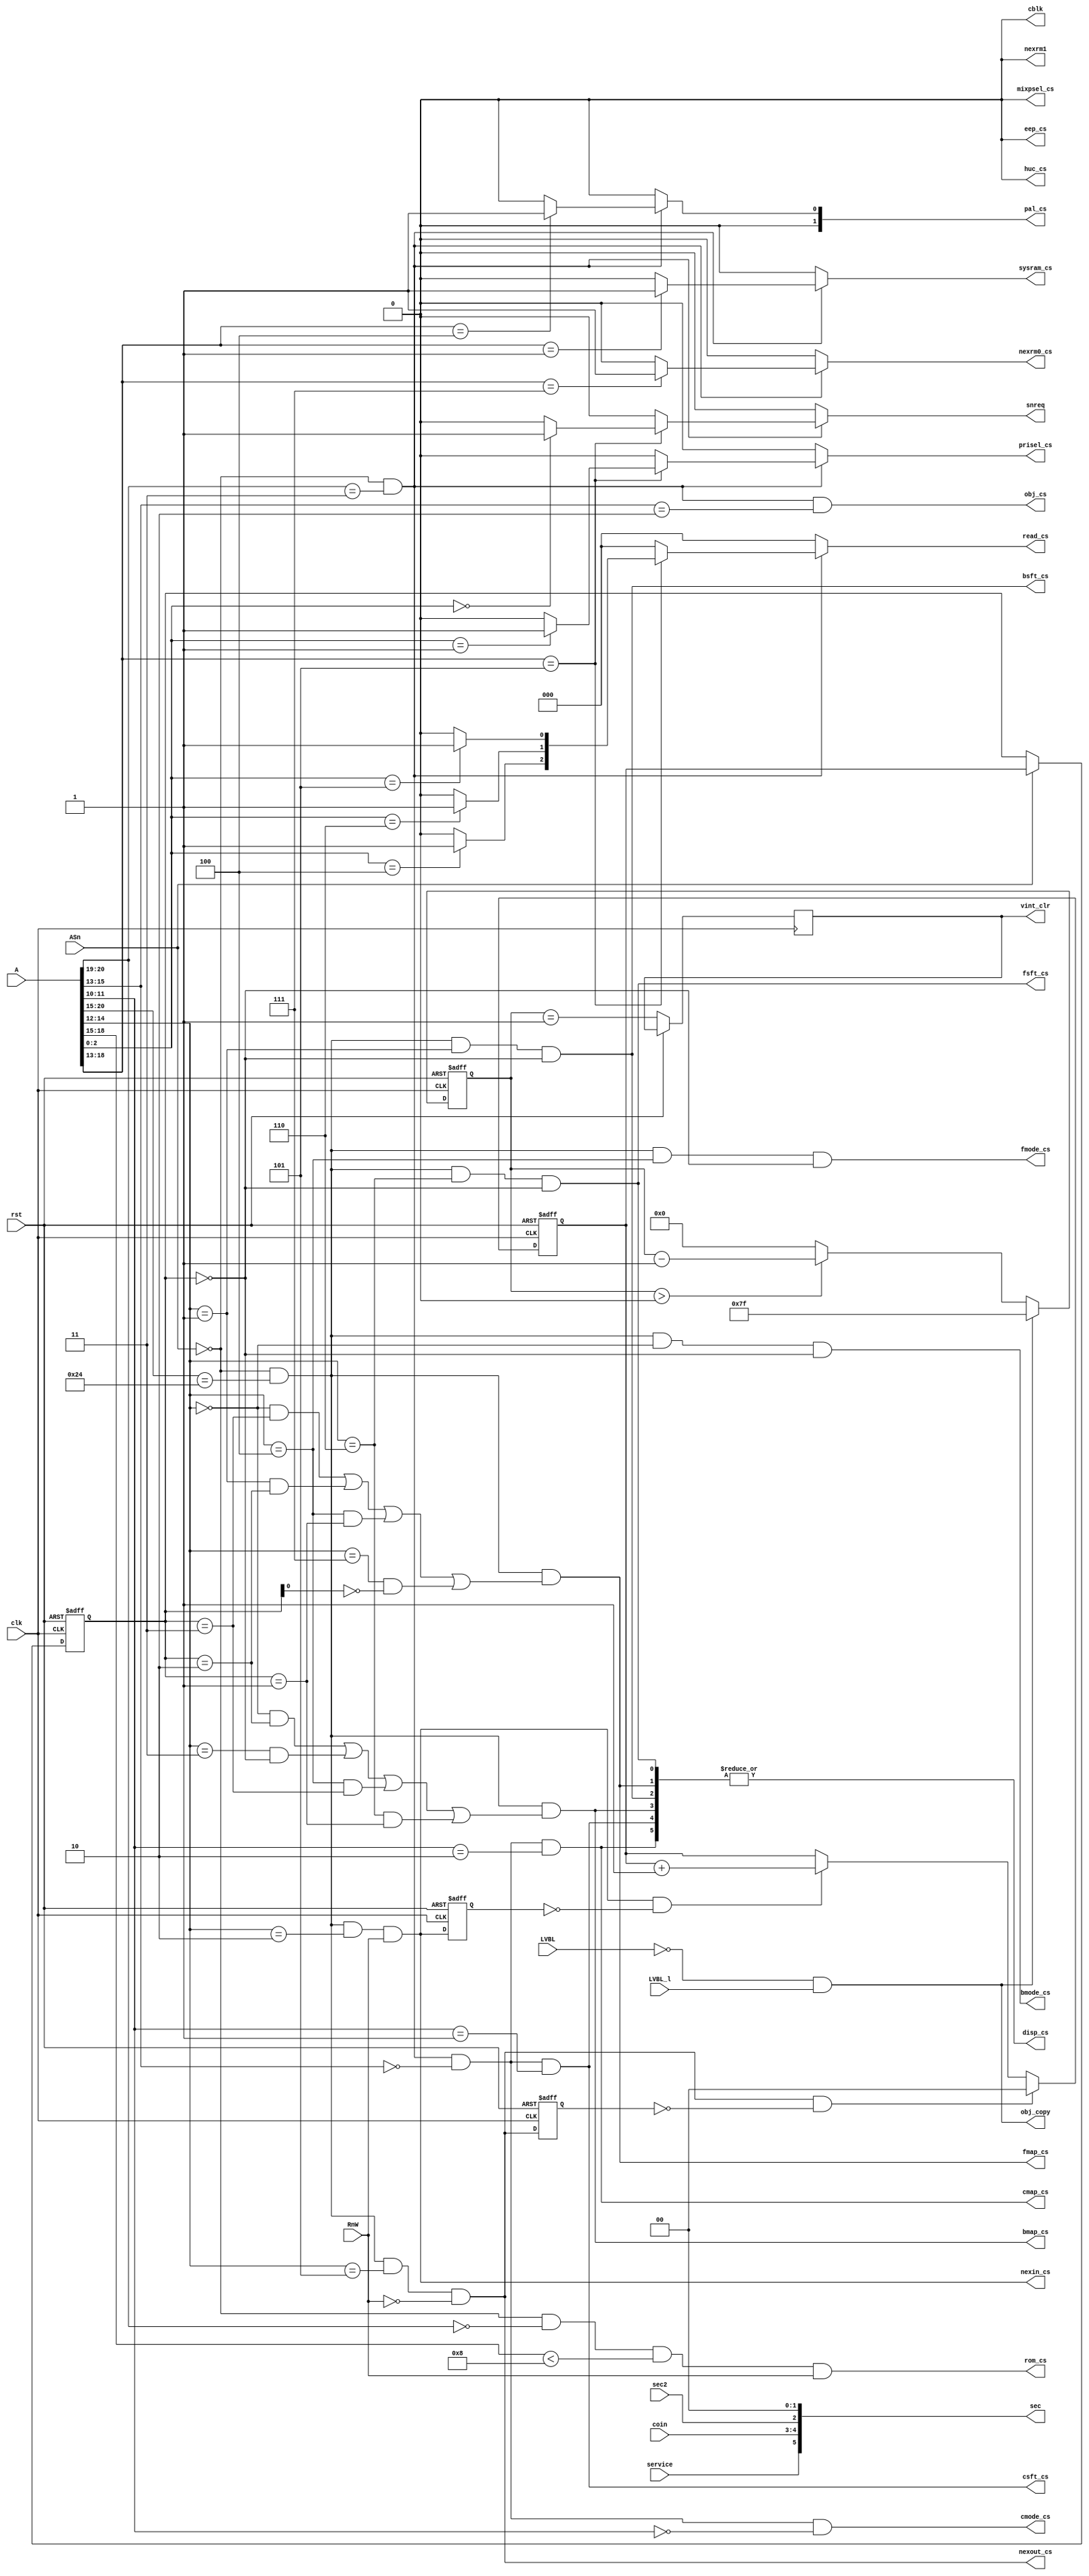
/*  This file is part of JTCORES.
    JTCORES program is free software: you can redistribute it and/or modify
    it under the terms of the GNU General Public License as published by
    the Free Software Foundation, either version 3 of the License, or
    (at your option) any later version.

    JTCORES program is distributed in the hope that it will be useful,
    but WITHOUT ANY WARRANTY; without even the implied warranty of
    MERCHANTABILITY or FITNESS FOR A PARTICULAR PURPOSE.  See the
    GNU General Public License for more details.

    You should have received a copy of the GNU General Public License
    along with JTCORES.  If not, see <http://www.gnu.org/licenses/>.

    Author: Jose Tejada Gomez. Twitter: @topapate
    Version: 1.0
    Date: 28-2-2022 */

module jtcop_decoder(
    input              rst,
    input              clk,
    input       [23:1] A,
    input              ASn,
    input              RnW,
    input              LVBL,
    input              LVBL_l,
    input              sec2,
    input              service,
    input       [ 1:0] coin,
    output reg         rom_cs,
    output reg         eep_cs,
    output reg         prisel_cs,
    output reg         mixpsel_cs,
    output reg         nexin_cs,       // used as the counter control signals
    output reg         nexout_cs,      // used as the counter control signals
    output reg         nexrm1,         // used on Heavy Barrel PCB for the track balls
    output             disp_cs,
    output reg         sysram_cs,
    output reg         vint_clr,
    output reg         cblk,
    output reg  [ 2:0] read_cs,
    // BAC06 chips
    output reg         fmode_cs,
    output reg         fsft_cs,
    output reg         fmap_cs,
    output reg         bmode_cs,
    output reg         bsft_cs,
    output reg         bmap_cs,
    output reg         nexrm0_cs,
    output reg         cmode_cs,
    output reg         csft_cs,
    output reg         cmap_cs,
    // Object
    output reg         obj_cs,       // called MIX in the schematics
    output             obj_copy,     // called *DM in the schematics
    // Palette
    output reg [ 1:0]  pal_cs,
    // HuC6820 protection
    output reg         huc_cs,      // shared memory with HuC6820
    // sound
    output reg         snreq,
    // MCU/SUB CPU
    output reg [5:0]   sec          // bit 2 is unused
);

reg  [1:0] mapsel, premap;
reg  nexinl, nexoutl;
reg  [6:0] timeout;

assign disp_cs = |{fmap_cs, bmap_cs, cmap_cs, fsft_cs, bsft_cs, csft_cs };

always @(posedge clk, posedge rst) begin
    if( rst ) begin
        premap <= 0;
        mapsel <= 0;
        nexinl <= 0;
        nexoutl<= 0;
    end else begin
        nexinl <= nexin_cs;
        nexoutl<= nexout_cs;
        if( nexin_cs & ~nexinl ) premap <= premap+2'd1;
        if( nexout_cs & ~nexoutl ) premap <= 0;
        if( ASn ) mapsel <= premap;
    end
end

// clear the IRQ automatically for now
always @(posedge clk, posedge rst) begin
    if( rst ) begin
        timeout <= 0;
    end else begin
        timeout <= (!LVBL && LVBL_l) ? 7'h7f : timeout>0 ? timeout-7'd1 : 7'd0;
        vint_clr <= timeout==1;
    end
end

// Triggering it once per frame, not sure if the
// CPU has it mapped to an address, like Robocop
assign obj_copy = !LVBL && LVBL_l;

always @(*) begin
    eep_cs     = 0;
    // third BAC06 chip
    nexrm0_cs  = 0;
    nexrm1     = 0;
    prisel_cs  = 0;
    //obj_copy   = 0;
    snreq      = 0;
    mixpsel_cs = 0;
    cblk       = 0;
    read_cs    = 0;
    pal_cs     = 0;
    sysram_cs  = 0;
    sec[5:3]   = { service, coin };
    sec[2]     = sec2;
    sec[1:0]   = 0;
    huc_cs     = 0;

    if( !ASn && A[21:20]==3 )
        case( A[19:14] )
            6'h01: sysram_cs = 1;  // 0x30'4000
            6'h4: pal_cs[0] = 1;   // 0x31'0000
            6'h5: case( A[3:1] )   // 0x31'4000
                3'h0: snreq = 1;
                3'h1: prisel_cs = 1; // 0x31'4002
                3'h4: read_cs[2] = 1; // DIP sw
                3'h5: read_cs[0] = 1; // cabinet IO
                3'h6: read_cs[1] = 1; // system I/O
                default:;
            endcase
            6'h7: nexrm0_cs = 1; // protection
            default:;
        endcase
end

always @* begin
    rom_cs    = !ASn && A[21:20]==2'b00 && A[19:16]<8 && RnW; // although not all sockets are populated
    cmode_cs  = !ASn && A[21:20]==2'b11 && A[16:14]==0 && A[12:11]==0; // 30'0000
    csft_cs   = !ASn && A[21:20]==2'b11 && A[16:14]==0 && A[12:11]==1; // 30'0800
    cmap_cs   = !ASn && A[21:20]==2'b11 && A[16:14]==0 && A[12:11]==2; // 30'1000
    obj_cs    = !ASn && A[21:20]==2'b11 && A[16:14]==2;                // 30'8000
    // 24'0000
    nexin_cs  = !ASn && A[21:16]==6'h24 && A[15:13]==2 &&  RnW; // cnt up
    nexout_cs = !ASn && A[21:16]==6'h24 && A[15:13]==5 && !RnW; // cnt clr
    bmode_cs  = !ASn && A[21:16]==6'h24 && A[15:13]==0 && mapsel==0;
    bsft_cs   = !ASn && A[21:16]==6'h24 && A[15:13]==1 && mapsel==0;
    bmap_cs   = !ASn && A[21:16]==6'h24 &&
        (   (A[15:13]==0 && mapsel==2) ||
            (A[15:13]==3 && mapsel==0) ||
            (A[15:13]==4 && mapsel==3) ||
            (A[15:13]==6 && mapsel==1) );
    fmode_cs  = !ASn && A[21:16]==6'h24 && A[15:13]==4 && mapsel==0;
    fsft_cs   = !ASn && A[21:16]==6'h24 && A[15:13]==6 && mapsel==0;
    fmap_cs   = !ASn && A[21:16]==6'h24 &&
        (   (A[15:13]==0 && mapsel==3) ||
            (A[15:13]==1 && mapsel==2) ||
            (A[15:13]==4 && mapsel==1) ||
            (A[15:13]==7 && !mapsel[0]) );
end

endmodule